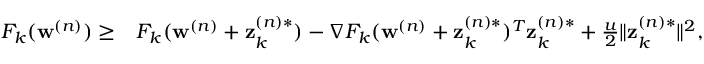
\begin{array} { r l } { F _ { k } ( \mathbf { w } ^ { ( n ) } ) \geq } & { F _ { k } ( \mathbf { w } ^ { ( n ) } + \mathbf { z } _ { k } ^ { ( n ) * } ) - \nabla F _ { k } ( \mathbf { w } ^ { ( n ) } + \mathbf { z } _ { k } ^ { ( n ) * } ) ^ { T } \mathbf { z } _ { k } ^ { ( n ) * } + \frac { u } { 2 } \| \mathbf { z } _ { k } ^ { ( n ) * } \| ^ { 2 } , } \end{array}